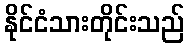
နိုင်ငံသားတိုင်းသည်